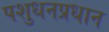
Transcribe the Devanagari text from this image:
पशुधनप्रधान